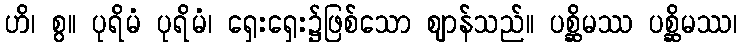
ဟိ၊ စွ။ ပုရိမံ ပုရိမံ၊ ရှေးရှေး၌ဖြစ်သော ဈာန်သည်။ ပစ္ဆိမဿ ပစ္ဆိမဿ၊